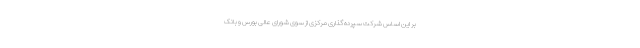
بر این اساس شرکت سپرده گذاری مرکزی از سوی شورای عالی بورس و بانک